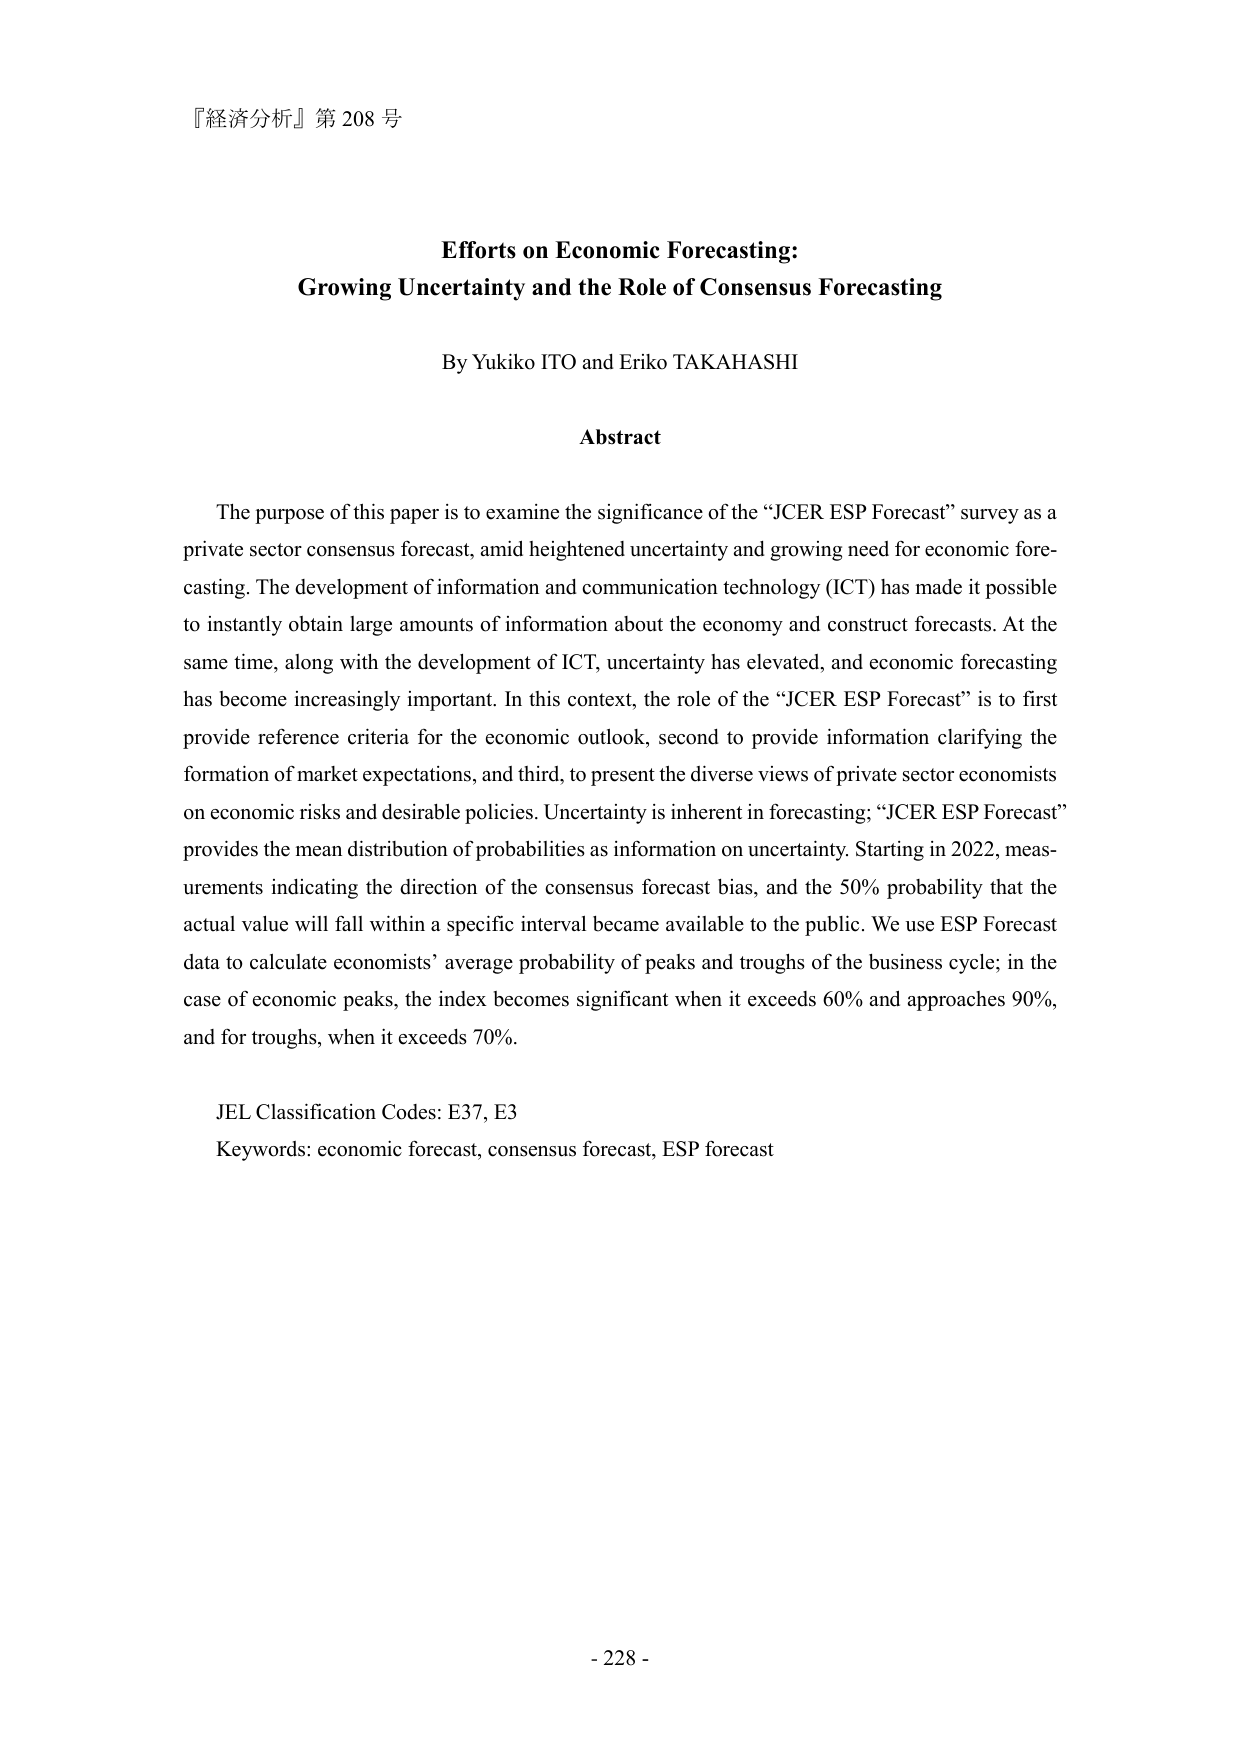
『経済分析』第 208 号

Efforts on Economic Forecasting:
Growing Uncertainty and the Role of Consensus Forecasting

By Yukiko ITO and Eriko TAKAHASHI

Abstract

The purpose of this paper is to examine the significance of the “JCER ESP Forecast” survey as a private sector consensus forecast, amid heightened uncertainty and growing need for economic forecasting. The development of information and communication technology (ICT) has made it possible to instantly obtain large amounts of information about the economy and construct forecasts. At the same time, along with the development of ICT, uncertainty has elevated, and economic forecasting has become increasingly important. In this context, the role of the “JCER ESP Forecast” is to first provide reference criteria for the economic outlook, second to provide information clarifying the formation of market expectations, and third, to present the diverse views of private sector economists on economic risks and desirable policies. Uncertainty is inherent in forecasting; “JCER ESP Forecast” provides the mean distribution of probabilities as information on uncertainty. Starting in 2022, measurements indicating the direction of the consensus forecast bias, and the 50% probability that the actual value will fall within a specific interval became available to the public. We use ESP Forecast data to calculate economists’ average probability of peaks and troughs of the business cycle; in the case of economic peaks, the index becomes significant when it exceeds 60% and approaches 90%, and for troughs, when it exceeds 70%.

JEL Classification Codes: E37, E3
Keywords: economic forecast, consensus forecast, ESP forecast

- 228 -